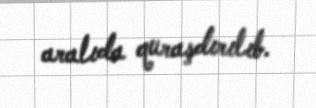
aralıda quraşdırılıb.